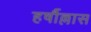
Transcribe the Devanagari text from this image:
हर्षौल्लास